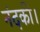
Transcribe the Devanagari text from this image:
नंदकी।